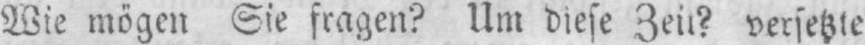
versetzte